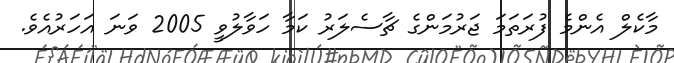
މާކެލް އެންމެ ފުރަތަމަ ޖަރުމަންގެ ޗާސެލަރު ކަމާ ހަވާލުވީ 2005 ވަނަ އަހަރުއެވެ.